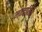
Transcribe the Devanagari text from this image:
मन्‍दाग्नि